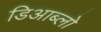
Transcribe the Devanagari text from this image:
डिआब्लो